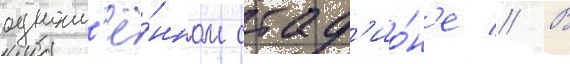
одноим'ё́нном стад'ио́н'е // В